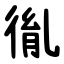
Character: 㣧